Regulations for the medical services of the Army of India
Year: 1930
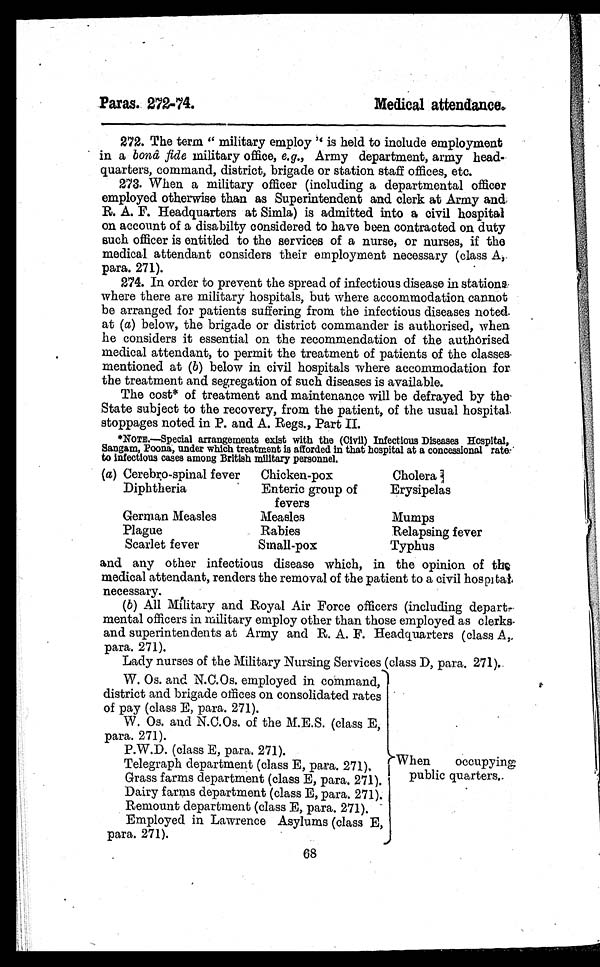
Paras. 272–74.
Medical attendance.
272.The term "military employ" is held to include employment
in a bonâ fide military office, e.g., Army department, army head-
quarters, command, district, brigade or station staff offices, etc.
273. When a military officer (including a departmental officer
employed otherwise than as Superintendent and clerk at Army and
R. A. F. Headquarters at Simla) is admitted into a civil hospital
on account of a disabilty considered to have been contracted on duty
such officer is entitled to the services of a nurse, or nurses, if the
medical attendant considers their employment necessary (class A,
para. 271).
274. In order to prevent the spread of infectious disease in stations
where there are military hospitals, but where accommodation cannot
be arranged for patients suffering from the infectious diseases noted
at (a ) b e l o w , t h e b r i g a d e o r d i s t r i c t c o m m a n d e r i s a u t h o r i s e d , w h e n
he considers it essential on the recommendation of the authorised
medical attendant, to permit the treatment of patients of the classes
mentioned at ( b) below in civil hospitals where accommodation for
the treatment and segregation of such diseases is available.
The cost* of treatment and maintenance will be defrayed by the
State subject to the recovery, from the patient, of the usual hospital
stoppages noted in P. and A. Regs., Part II.
* N O T E . — S p e c i a l a r r a n g e m e n t s e x i s t w i t h t h e ( C i v i l ) I n f e c t i o u s D i s e a s e s H o s p i t a l ,
Sangam, Poona, under which treatment is afforded in that hospital at a concessional rate
to infectious cases among British military personnel.
(a) Cerebro-spinal fever Chicken-pox
Cholera
Diphtheria
Enteric group of
fevers
Erysipelas
German Measles
Measles
Mumps
Plague
Rabies
Relapsing fever
Scarlet fever
Small-pox
Typhus
and any other infectious disease which, in the opinion of the
medical attendant, renders the removal of the patient to a civil hospital
necessary.
(b) All Military and Royal Air Force officers (including depart-
mental officers in military employ other than those employed as clerks
and superintendents at Army and R. A. F. Headquarters (class A,
para. 271).
Lady nurses of the Military Nursing Services (class D, para. 271).
W. Os. and N.C.Os. employed in command,
district and brigade offices on consolidated rates
of pay (class E, para. 271).
W . Os. and N.C.Os. of the M.E.S. (class E,
para. 271).
P.W.D. (class E, para. 271).
Telegraph department (class E, para. 271),
Grass farms department (class E, para. 271).
Dairy farms department (class E, para. 271).
Remount department (class E, para. 271).
Employed in Lawrence Asylums (class E,
para. 271).
When occupying
public quarters.
68